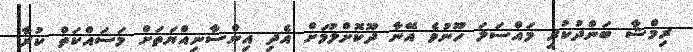
ރިމްޝާ ބަންދުކުރި މައްސަލަ ހޫނުވެ އޭނާ ދޫކޮށްލުމަށް އެދި އިންސާނިއްޔަތަށް މަސައްކަތް ކުރާ